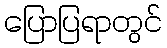
ပြောပြရာတွင်